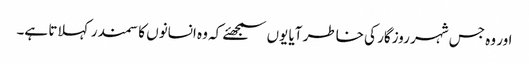
اور وہ جس شہر روزگار کی خاطر آیا یوں سمجھئے کہ وہ انسانوں کا سمندر کہلاتا ہے۔